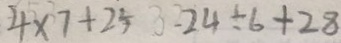
4 \times 7 + 2 5 - 2 4 \div 6 + 2 8